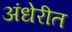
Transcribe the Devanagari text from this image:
अंधेरीत